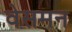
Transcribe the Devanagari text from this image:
वेसमन